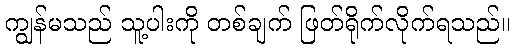
ကျွန်မသည် သူ့ပါးကို တစ်ချက် ဖြတ်ရိုက်လိုက်ရသည်။